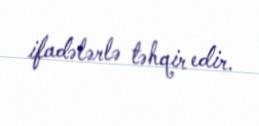
ifadələrlə təhqir edir.